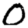
Digit: 0